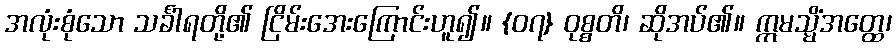
အလုံးစုံသော သင်္ခါရတို့၏ ငြိမ်းအေးကြောင်းဟူ၍။ {၀၇} ဝုစ္စတိ၊ ဆိုအပ်၏။ ဣမသ္မိံအတ္ထေ၊